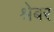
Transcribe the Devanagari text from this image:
श्रेबर